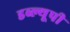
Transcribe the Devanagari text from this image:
डब्ल्यूपी